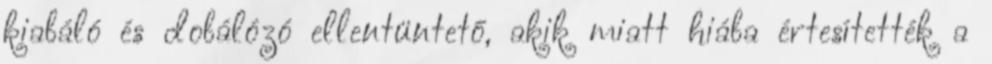
kiabáló és dobálózó ellentüntető, akik miatt hiába értesítették a